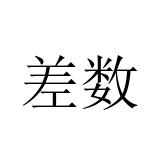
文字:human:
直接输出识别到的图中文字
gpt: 差数